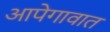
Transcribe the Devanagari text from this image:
आपेगावात